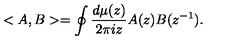
< A , B > = \oint \frac { d \mu ( z ) } { 2 \pi i z } A ( z ) B ( z ^ { - 1 } ) .